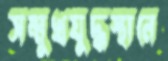
সম্মুখযুদ্ধস্থানে